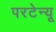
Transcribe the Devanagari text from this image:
परटेन्यू